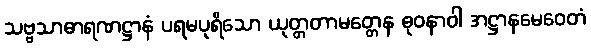
သဗ္ဗသာဓာရဏဋ္ဌာနံ ပရမပုရိသော ယုတ္တတာမတ္တေန ဓုဝနာဝါ အဋ္ဌာနမေဝေတံ